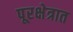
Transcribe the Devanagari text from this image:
पूरक्षेत्रात